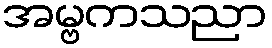
အမ္ဗကသညာ